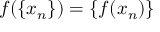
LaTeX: f ( \{ x _ { n } \} ) = \{ f ( x _ { n } ) \}